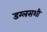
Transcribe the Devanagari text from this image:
डग्लसशी